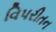
વિપરીતન